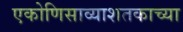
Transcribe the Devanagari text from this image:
एकोणिसाव्याशतकाच्या